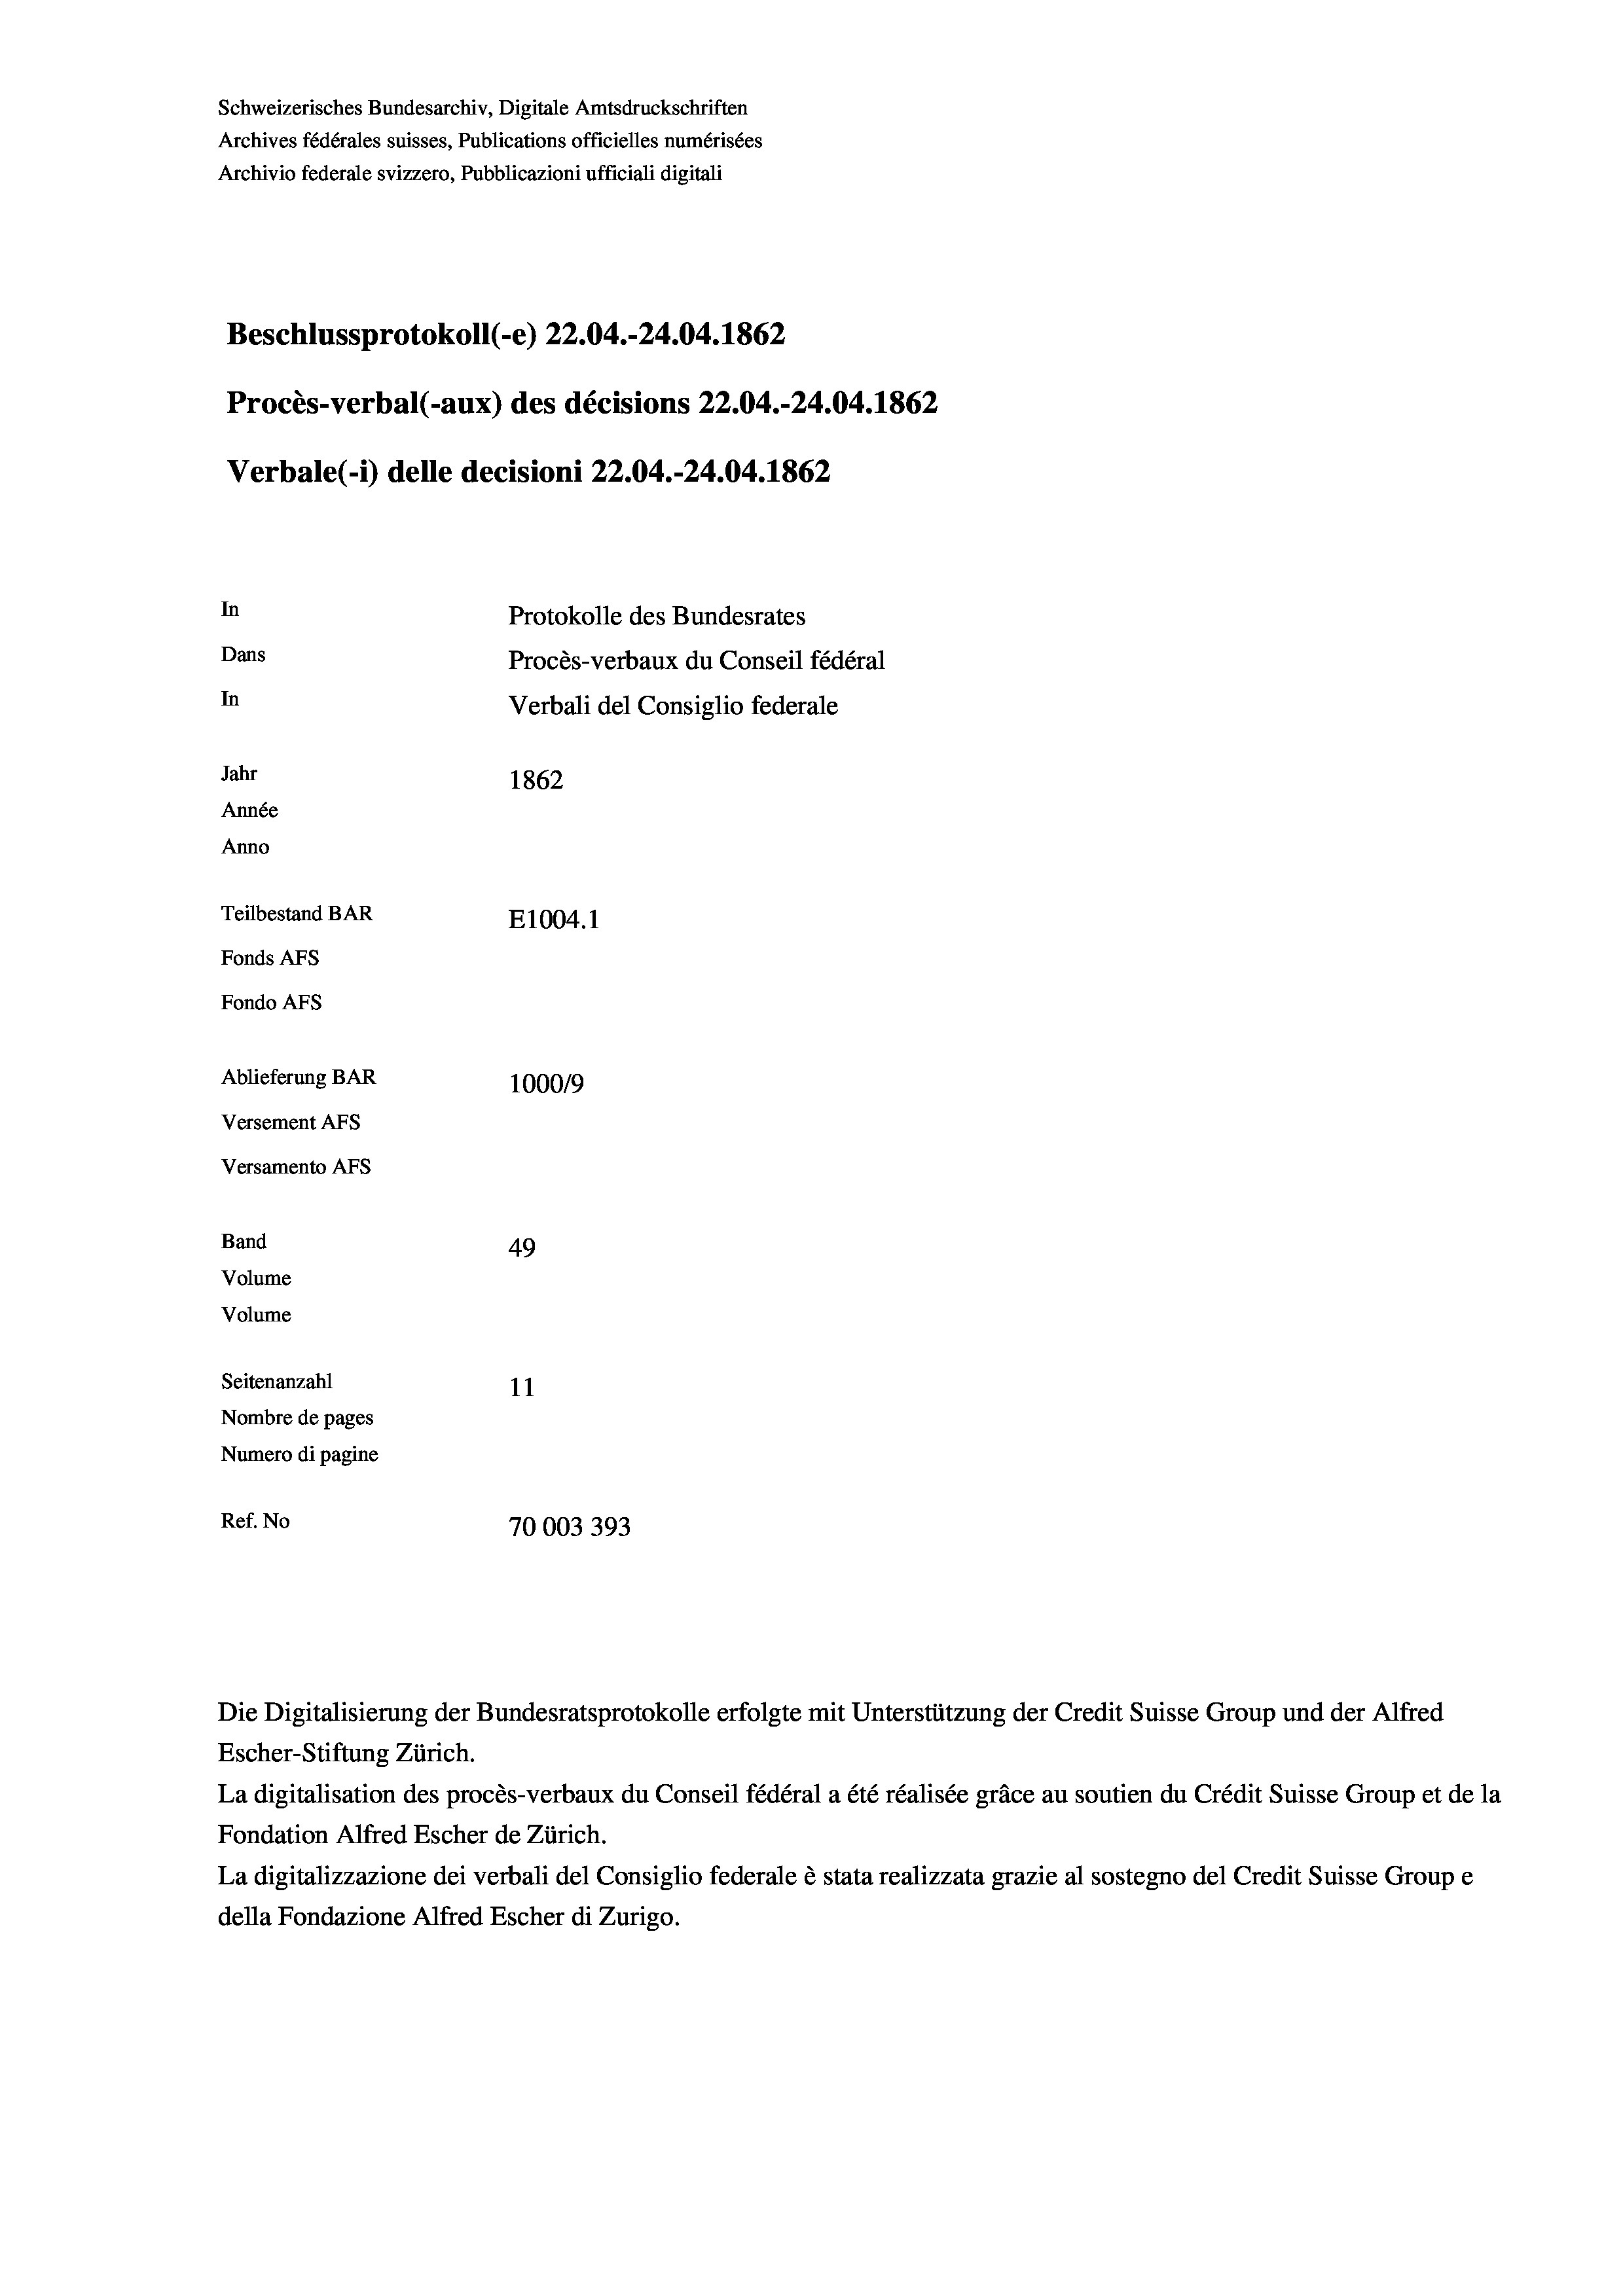
Schweizerisches Bundesarchiv, Digitale Amtsdruckschriften
Archives fédérales suisses, Publications officielles numérisées
Archivio federale svizzero, Pubblicazioni ufficiali digitali
Beschlussprotokoll (-e) 22.04.-24.04. 1862
Procès-verbal (-aux) des décisions 22.04.-24.04. 1862
Verbale (i) delle decisioni 22.04.-24.04. 1862
In
Protokolle des Bundesrates
Dans
Procès-verbaux du Conseil fédéral
In
Verbali del Consiglio federale
Jahr
1862
Année
Anno
Teilbestand BAR
E1004. 1
Fonds AFs
Fondo Afs
Ablieferung BAR
100019
Versement AFs
Versamento AFs
Band
49
Volume
Volume
Seitenanzahl
11
Nombre de pages
Numero di pagine
Ref. No
70003393

La digitalisation des procès-verbaux du Conseil fédéral a été réalisée gräce au soutien du Crédit Suisse Group et de la
Fondation Alfred Escher de Zürich.
La digitalizzazione dei verbali del Consiglio federale è stata realizzata grazie al sostegno del Credit Suisse Groupe
della Fondazione Alfred Escher di Zurigo.

Die Digitalisierung der Bundesratsprotokolle erfolgte mit Unterstützung der Credit Suisse Group und der Alfred
Escher-Stiftung Zürich.